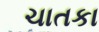
ચાતકા